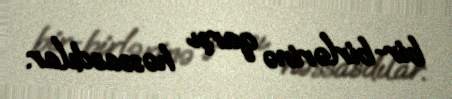
bir-birlərinə qarşı həssasdılar.